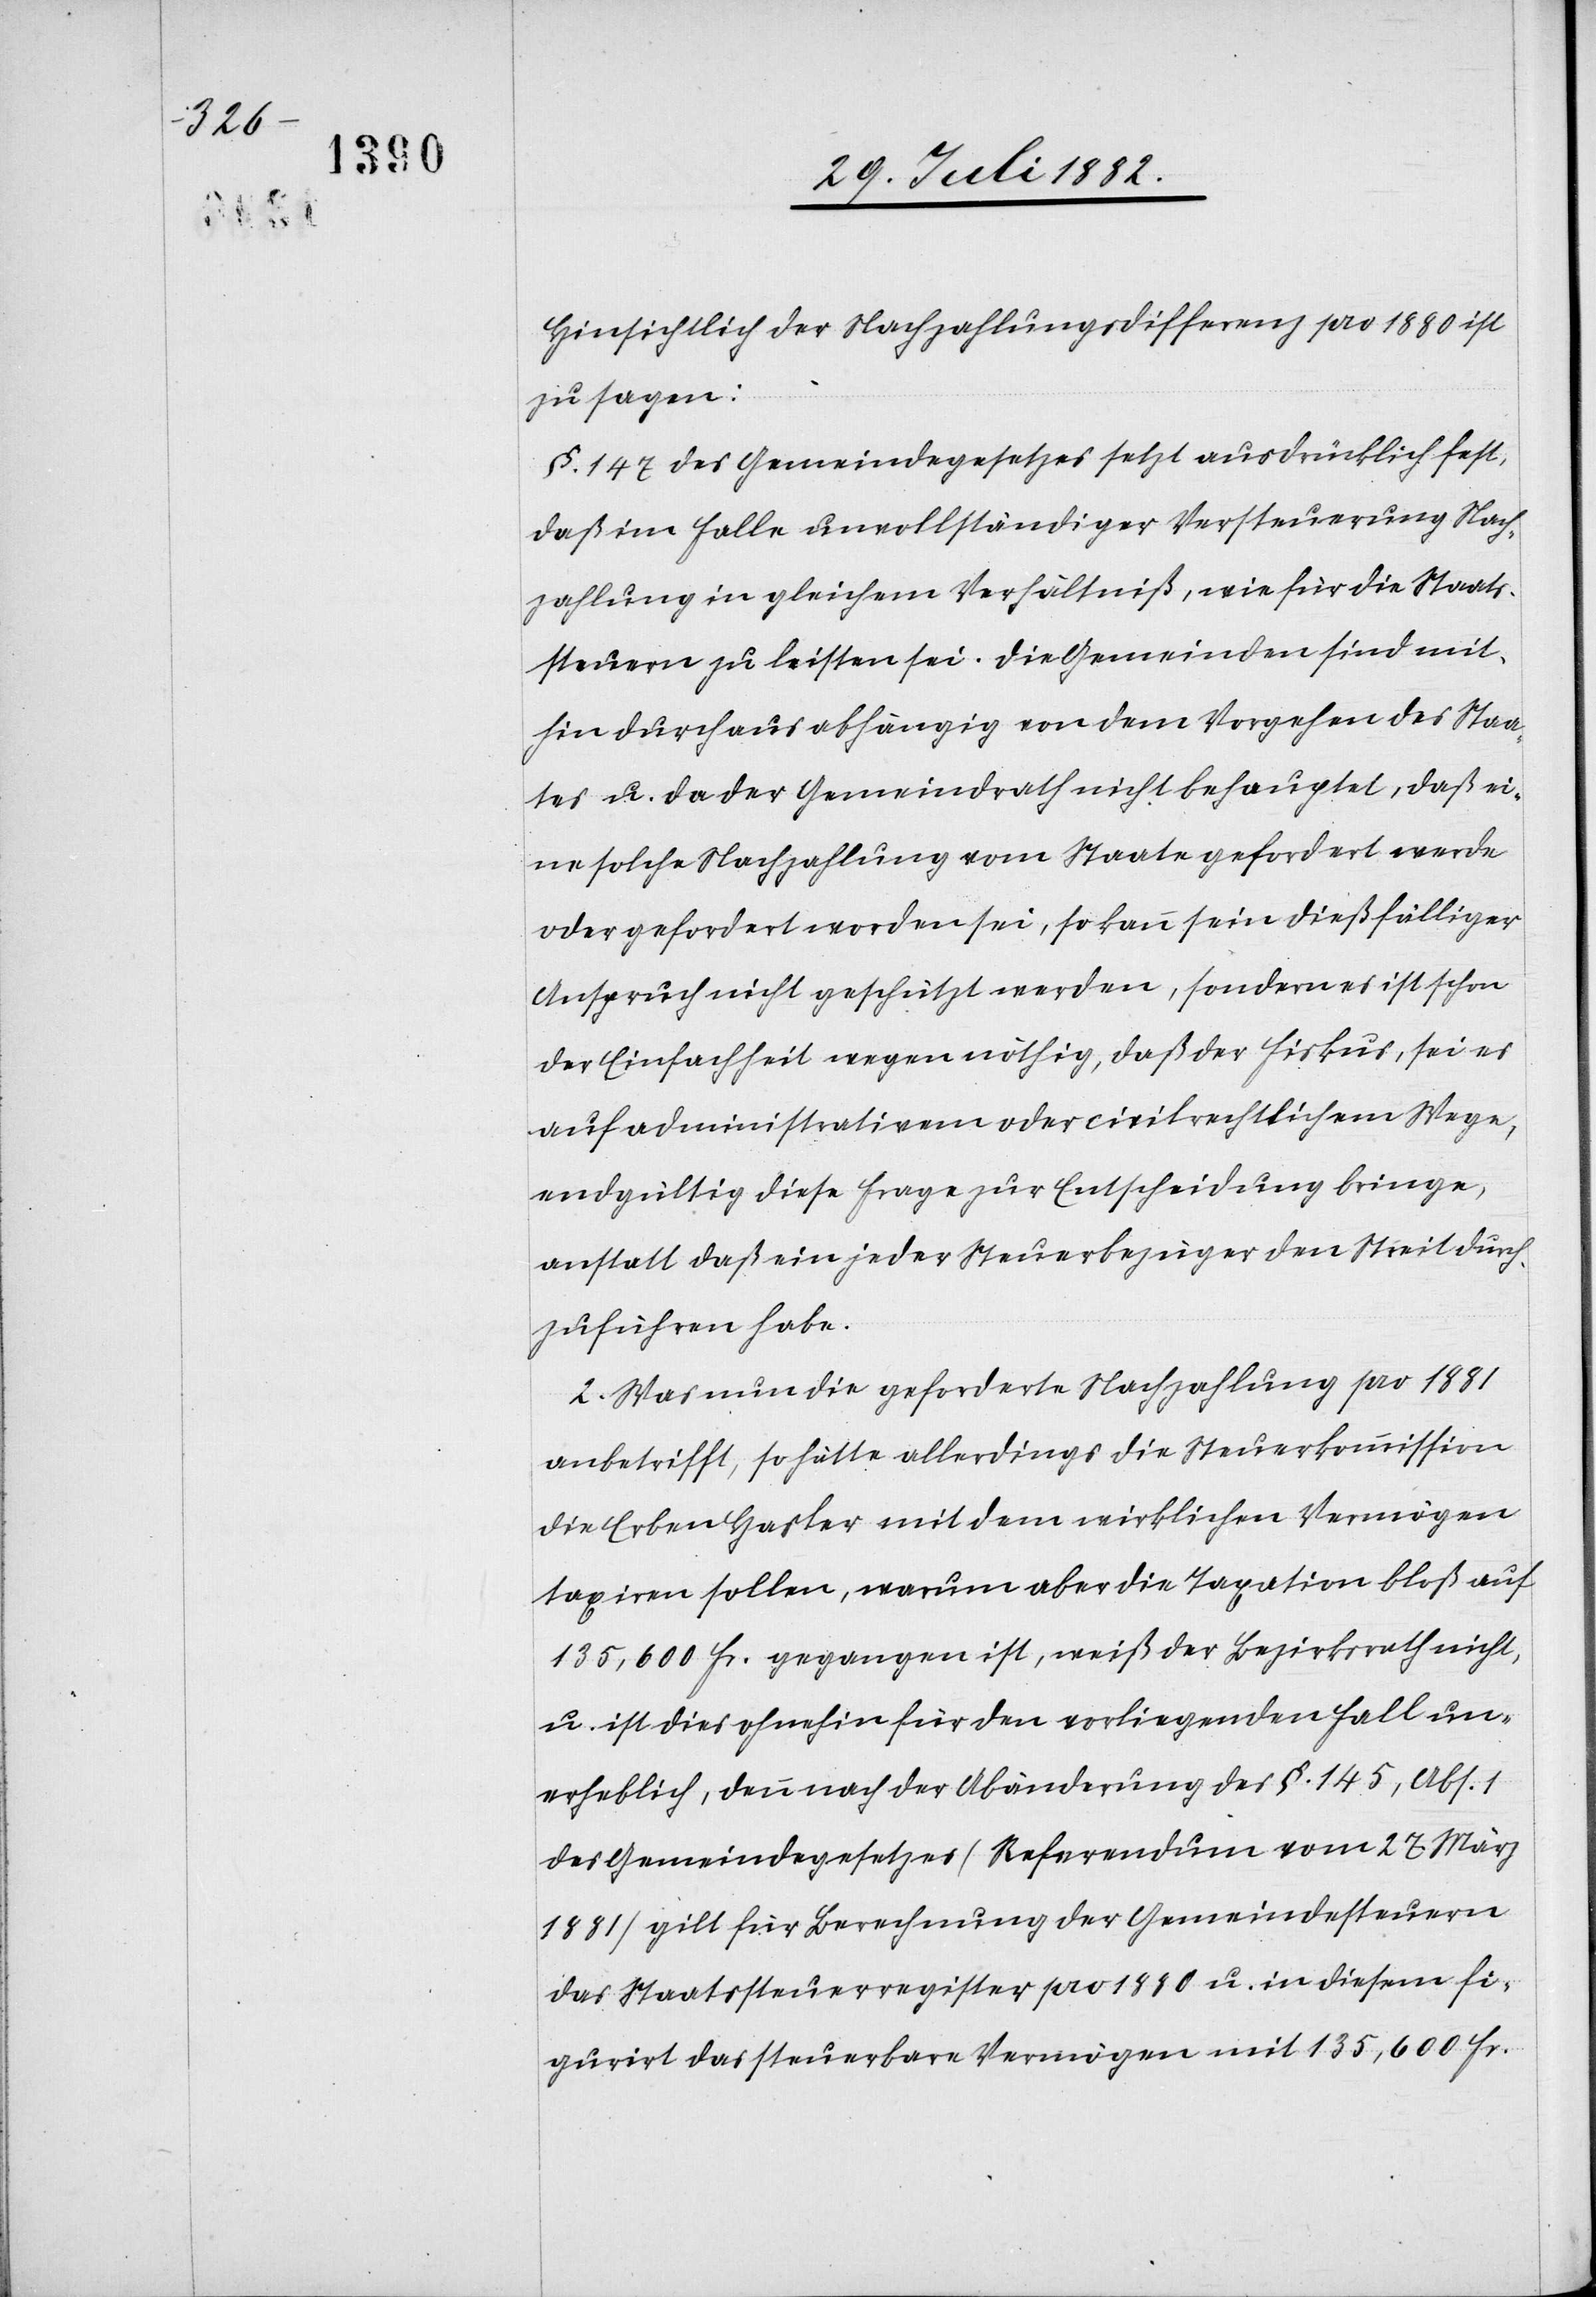
Hinsichtlich der Nachzahlungsdifferenz pro 1880 ist
zu sagen:
§. 147 des Gemeindegesetzes setzt ausdrücklich fest,
daß im Falle unvollständiger Versteuerung Nach¬
zahlung in gleichem Verhältniß, wie für die Staats¬
steuern zu leisten sei. Die Gemeinden sind mit¬
hin durchaus abhängig von dem Vorgehen des Staa¬
tes u. da der Gemeindrath nicht behauptet, daß ei¬
ne solche Nachzahlung vom Staate gefordert werde
oder gefordert worden sei, so kann sein dießfälliger
Anspruch nicht geschützt werden, sondern ist schon
der Einfachheit wegen nöthig, daß der Fiskus, sei es
auf administrativem oder civilrechtlichem Wege,
endgültig diese Frage zur Entscheidung bringe,
anstatt daß ein jeder Steuerbezüger den Streit durch¬
zuführen habe.
2. Was nun die geforderte Nachzahlung pro 1881
anbetrifft, so hätte allerdings die Steuerkommission
die Erben Hasler mit dem wirklichen Vermögen
taxiren sollen, warum aber die Taxation bloß auf
135,600 Fr. gegangen ist, weiß der Bezirksrath nicht,
u. ist dies ohnehin für den vorliegenden Fall un¬
erheblich, denn nach der Abänderung des §. 145, Abs. 1
des Gemeindegesetzes (Referendum vom 27. März
1881) gilt für Berechnung der Gemeindesteuern
das Staatssteuerregister pro 1880 u. in diesem fi¬
gurirt das steuerbare Vermögen mit 135,600 Fr.